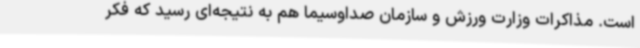
است. مذاکرات وزارت ورزش و سازمان صداوسیما هم به نتیجه‌ای رسید که فکر